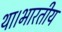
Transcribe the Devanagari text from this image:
था।भारतीय